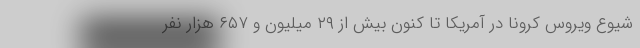
شیوع ویروس کرونا در آمریکا تا کنون بیش از ۲۹ میلیون و ۶۵۷ هزار نفر